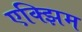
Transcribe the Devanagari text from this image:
एक्झिम